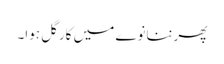
پھرننانوے میں کارگل ہوا۔